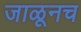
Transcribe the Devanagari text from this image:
जाळूनच